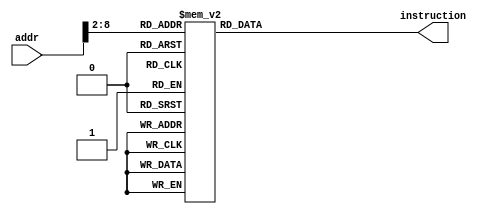
module InstructionMem (
    input [31:0] addr,
    output reg [31:0] instruction
);
    parameter ROM_SIZE = 128;
    parameter ROM_BIT  = 7;  // 2^7 = 128
    //reg [31:0] ROM[31:0];

    always @ (*)
        case (addr[ROM_BIT+1:2])
            7'd0: instruction = 32'h08000003;
            7'd1: instruction = 32'h0800004b;
            7'd2: instruction = 32'h08000002;
            7'd3: instruction = 32'h20080014;
            7'd4: instruction = 32'h01000008;
            7'd5: instruction = 32'h3c104000;
            7'd6: instruction = 32'h200bf000;
            7'd7: instruction = 32'hae000008;
            7'd8: instruction = 32'hae0b0000;
            7'd9: instruction = 32'h200cffff;
            7'd10: instruction = 32'h20110000;
            7'd11: instruction = 32'h20120100;
            7'd12: instruction = 32'hae0c0004;
            7'd13: instruction = 32'hae000020;
            7'd14: instruction = 32'h20130000;
            7'd15: instruction = 32'h20080040;
            7'd16: instruction = 32'hae680000;
            7'd17: instruction = 32'h20080079;
            7'd18: instruction = 32'hae680004;
            7'd19: instruction = 32'h20080024;
            7'd20: instruction = 32'hae680008;
            7'd21: instruction = 32'h20080030;
            7'd22: instruction = 32'hae68000c;
            7'd23: instruction = 32'h20080019;
            7'd24: instruction = 32'hae680010;
            7'd25: instruction = 32'h20080012;
            7'd26: instruction = 32'hae680014;
            7'd27: instruction = 32'h20080002;
            7'd28: instruction = 32'hae680018;
            7'd29: instruction = 32'h20080078;
            7'd30: instruction = 32'hae68001c;
            7'd31: instruction = 32'h20080000;
            7'd32: instruction = 32'hae680020;
            7'd33: instruction = 32'h20080010;
            7'd34: instruction = 32'hae680024;
            7'd35: instruction = 32'h20080008;
            7'd36: instruction = 32'hae680028;
            7'd37: instruction = 32'h20080003;
            7'd38: instruction = 32'hae68002c;
            7'd39: instruction = 32'h20080046;
            7'd40: instruction = 32'hae680030;
            7'd41: instruction = 32'h20080021;
            7'd42: instruction = 32'hae680034;
            7'd43: instruction = 32'h20080006;
            7'd44: instruction = 32'hae680038;
            7'd45: instruction = 32'h2008000e;
            7'd46: instruction = 32'hae68003c;
            7'd47: instruction = 32'h8e0e0020;
            7'd48: instruction = 32'h31ce0008;
            7'd49: instruction = 32'h11c0fffd;
            7'd50: instruction = 32'h8e09001c;
            7'd51: instruction = 32'h8e0e0020;
            7'd52: instruction = 32'h31ce0008;
            7'd53: instruction = 32'h11c0fffd;
            7'd54: instruction = 32'h8e0a001c;
            7'd55: instruction = 32'h200d0003;
            7'd56: instruction = 32'h312900ff;
            7'd57: instruction = 32'h314a00ff;
            7'd58: instruction = 32'h00092020;
            7'd59: instruction = 32'h000a2820;
            7'd60: instruction = 32'h112a0007;
            7'd61: instruction = 32'h012a702a;
            7'd62: instruction = 32'h11c00001;
            7'd63: instruction = 32'h08000042;
            7'd64: instruction = 32'h012a4822;
            7'd65: instruction = 32'h0800003c;
            7'd66: instruction = 32'h01495022;
            7'd67: instruction = 32'h0800003c;
            7'd68: instruction = 32'hae090018;
            7'd69: instruction = 32'h8e0e0020;
            7'd70: instruction = 32'h31ce0004;
            7'd71: instruction = 32'h11c0fffd;
            7'd72: instruction = 32'hae09000c;
            7'd73: instruction = 32'hae0d0008;
            7'd74: instruction = 32'h0800002f;
            7'd75: instruction = 32'h8e0d0008;
            7'd76: instruction = 32'h2018fff9;
            7'd77: instruction = 32'h01b86824;
            7'd78: instruction = 32'hae0d0008;
            7'd79: instruction = 32'h12200006;
            7'd80: instruction = 32'h2236ffff;
            7'd81: instruction = 32'h12c00007;
            7'd82: instruction = 32'h22d6ffff;
            7'd83: instruction = 32'h12c00008;
            7'd84: instruction = 32'h22d6ffff;
            7'd85: instruction = 32'h12c00009;
            7'd86: instruction = 32'h3088000f;
            7'd87: instruction = 32'h00084080;
            7'd88: instruction = 32'h08000062;
            7'd89: instruction = 32'h308800f0;
            7'd90: instruction = 32'h00084082;
            7'd91: instruction = 32'h08000062;
            7'd92: instruction = 32'h30a8000f;
            7'd93: instruction = 32'h00084080;
            7'd94: instruction = 32'h08000062;
            7'd95: instruction = 32'h30a800f0;
            7'd96: instruction = 32'h00084082;
            7'd97: instruction = 32'h08000062;
            7'd98: instruction = 32'h0113a020;
            7'd99: instruction = 32'h8e950000;
            7'd100: instruction = 32'h02b2a820;
            7'd101: instruction = 32'hae150014;
            7'd102: instruction = 32'h22310001;
            7'd103: instruction = 32'h20080004;
            7'd104: instruction = 32'h12280002;
            7'd105: instruction = 32'h00129040;
            7'd106: instruction = 32'h0800006d;
            7'd107: instruction = 32'h20110000;
            7'd108: instruction = 32'h20120100;
            7'd109: instruction = 32'h8e0d0008;
            7'd110: instruction = 32'h35ad0002;
            7'd111: instruction = 32'hae0d0008;
            7'd112: instruction = 32'h03400008;
            default: instruction =32'h0000_0000;
        endcase
endmodule